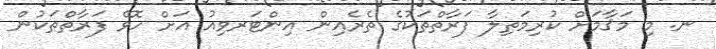
ނ. މި މަޤާމަށް ކުރިމަތިލާ ފަރާތްތަކުގެ ތެރެއިން އިންޓަރވިއު އަށް ހޮވޭ ފަރާތްތަކުން